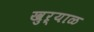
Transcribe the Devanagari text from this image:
खुऱ्याळ